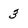
Character: 3